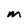
Character: M